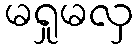
မရှုမလှ